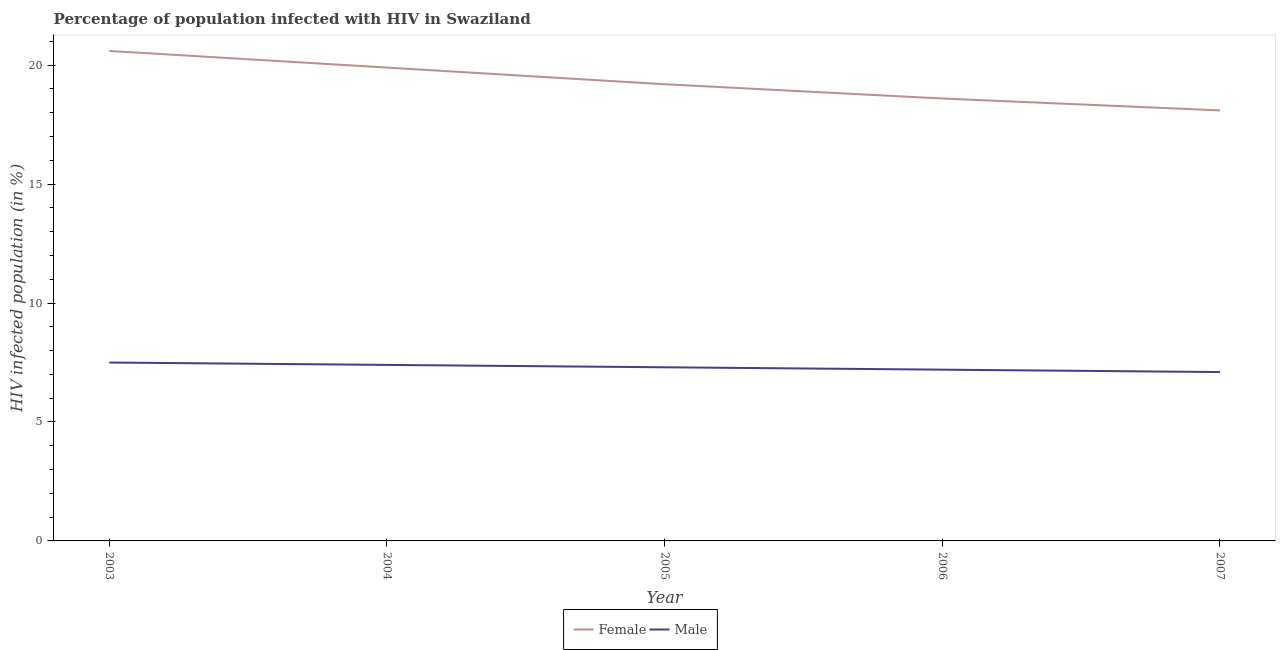
| Year | Female | Male |
 | --- | --- | --- |
 | 2003 | 20.6 | 7.5 |
 | 2004 | 19.9 | 7.4 |
 | 2005 | 19.2 | 7.3 |
 | 2006 | 18.6 | 7.2 |
 | 2007 | 18.1 | 7.1 |